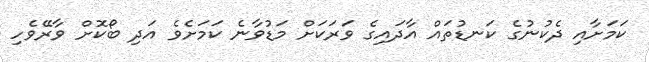
ކަމަށާއި ދެކުނުގެ ކަނޑުތައް އާދައިގެ ވަރަކަށް މަޑުވާނެ ކަމަށެވެ އަދި ބޯކޮށް ވާރޭވެހި